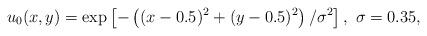
LaTeX: \begin{align*}u_0(x,y) = \exp\left[ - \left( (x-0.5)^2 + (y-0.5)^2 \right) / \sigma^{2} \right], \ \sigma=0.35,\end{align*}